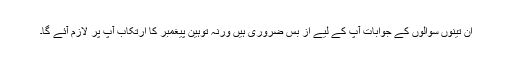
ان تینوں سوالوں کے جوابات آپ کے لیے از بس ضروری ہیں ورنہ توہین پیغمبر کا ارتکاب آپ پر لازم آئے گا۔